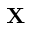
\mathbf { X }